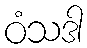
ဝံသဒါ